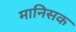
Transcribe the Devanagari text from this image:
मानिसक